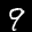
Label: 9